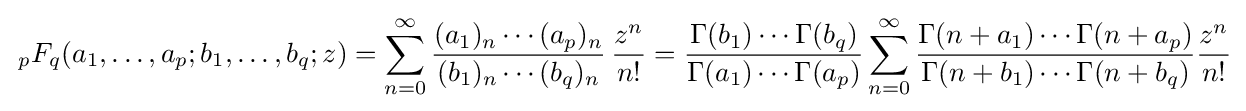
\,{}_{p}F_{q}(a_{1},\ldots ,a_{p};b_{1},\ldots ,b_{q};z)=\sum _{n=0}^{\infty }{\frac {(a_{1})_{n}\cdots (a_{p})_{n}}{(b_{1})_{n}\cdots (b_{q})_{n}}}\,{\frac {z^{n}}{n!}}={\frac {\Gamma (b_{1})\cdots \Gamma (b_{q})}{\Gamma (a_{1})\cdots \Gamma (a_{p})}}\sum _{n=0}^{\infty }{\frac {\Gamma (n+a_{1})\cdots \Gamma (n+a_{p})}{\Gamma (n+b_{1})\cdots \Gamma (n+b_{q})}}{\frac {z^{n}}{n!}}